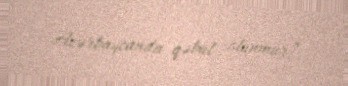
Azərbaycanda qəbul olunmur?.